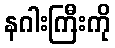
နဂါးကြီးကို